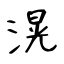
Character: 滉